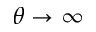
\theta \to \infty